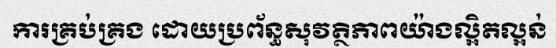
ការគ្រប់គ្រង ដោយប្រព័ន្ធសុវត្ថិភាពយ៉ាងល្អិតល្អន់